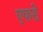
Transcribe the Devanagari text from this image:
एफरो